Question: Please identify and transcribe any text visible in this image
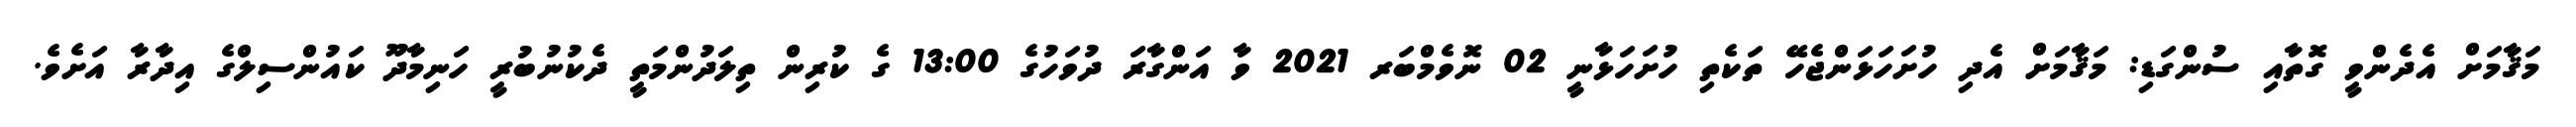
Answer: މަޤާމަށް އެދެންވީ ގޮތާއި ސުންގަޑި: މަޤާމަށް އެދި ހުށަހަޅަންޖެހޭ ތަކެތި ހުށަހަޅާނީ 02 ނޮވެމްބަރ 2021 ވާ އަންގާރަ ދުވަހުގެ 13:00 ގެ ކުރިން ތިލަދުންމަތީ ދެކުނުބުރީ ހަނިމާދޫ ކައުންސިލްގެ އިދާރާ އަށެވެ.